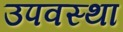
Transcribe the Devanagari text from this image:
उपवस्था